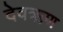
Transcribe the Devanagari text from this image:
देवऋण